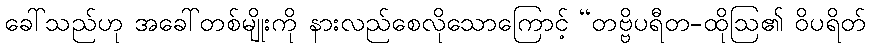
ခေါ်သည်ဟု အခေါ်တစ်မျိုးကို နားလည်စေလိုသောကြောင့် “တဗ္ဗိပရီတ-ထိုဩ၏ ဝိပရိတ်